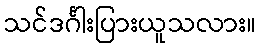
သင်ဒင်္ဂါးပြားယူသလား။